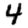
Digit: 4